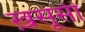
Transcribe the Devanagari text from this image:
ख़सूसी